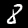
Digit: 8